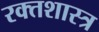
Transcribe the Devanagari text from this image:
रक्तशास्त्र